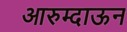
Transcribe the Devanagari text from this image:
आरुम्दाऊन